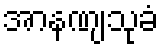
အာနဏျသုခံ